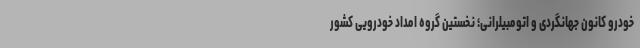
خودرو کانون جهانگردی و اتومبیلرانی؛ نخستین گروه امداد خودرویی کشور